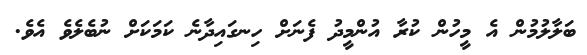
ބަލާލުމުން އެ މީހުން ކުރާ އުންމީދު ފެނަށް ހިނގައިދާނެ ކަމަކަށް ނުބެލެވެ އެވެ.